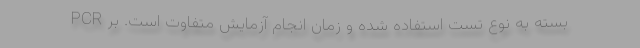
PCR بسته به نوع تست استفاده شده و زمان انجام آزمایش متفاوت است. بر